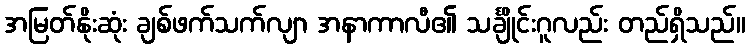
အမြတ်နိုးဆုံး ချစ်ဖက်သက်လျာ အနာကာလီ၏ သင်္ချိုင်းဂူလည်း တည်ရှိသည်။